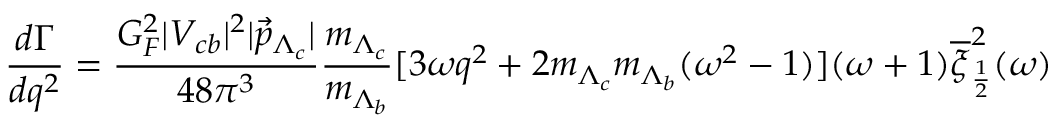
\frac { d \Gamma } { d q ^ { 2 } } = \frac { G _ { F } ^ { 2 } | V _ { c b } | ^ { 2 } | \vec { p } _ { \Lambda _ { c } } | } { 4 8 \pi ^ { 3 } } \frac { m _ { \Lambda _ { c } } } { m _ { \Lambda _ { b } } } [ 3 \omega { } q ^ { 2 } + 2 m _ { \Lambda _ { c } } m _ { \Lambda _ { b } } ( \omega ^ { 2 } - 1 ) ] ( \omega + 1 ) \overline { { \xi } } _ { \frac { 1 } { 2 } } ^ { 2 } ( \omega )